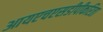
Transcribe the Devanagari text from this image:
आयएचएसडीपीकरिता